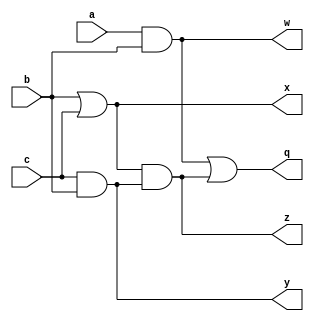
module lc3(a,b,c,w,x,y,z,q);
input a,b,c ;
output w,x,y,z,q;

and(w,a,b);
or(x,b,c);
and(y,c,b);
and(z,x,y);
or(q,w,z);

endmodule